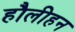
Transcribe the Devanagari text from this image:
हौलीहन